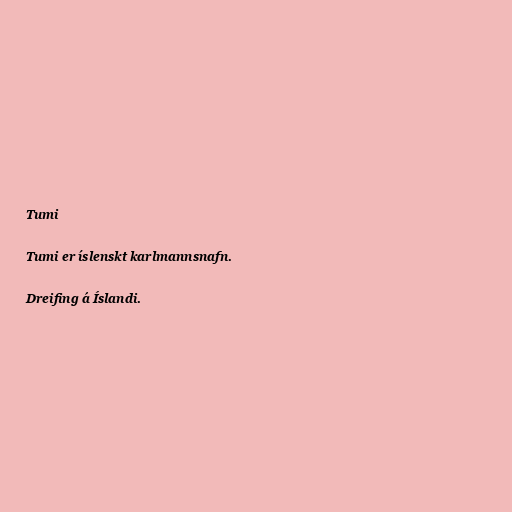
Tumi

Tumi er íslenskt karlmannsnafn.

Dreifing á Íslandi.